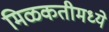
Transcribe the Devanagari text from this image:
मिळकतीमध्ये